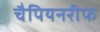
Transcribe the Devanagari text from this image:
चैपियनरीफ